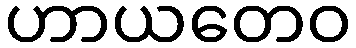
ဟာယတေဝ